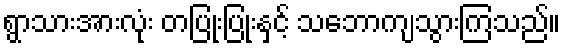
ရွာသားအားလုံး တပြုံးပြုံးနှင့် သဘောကျသွားကြသည်။